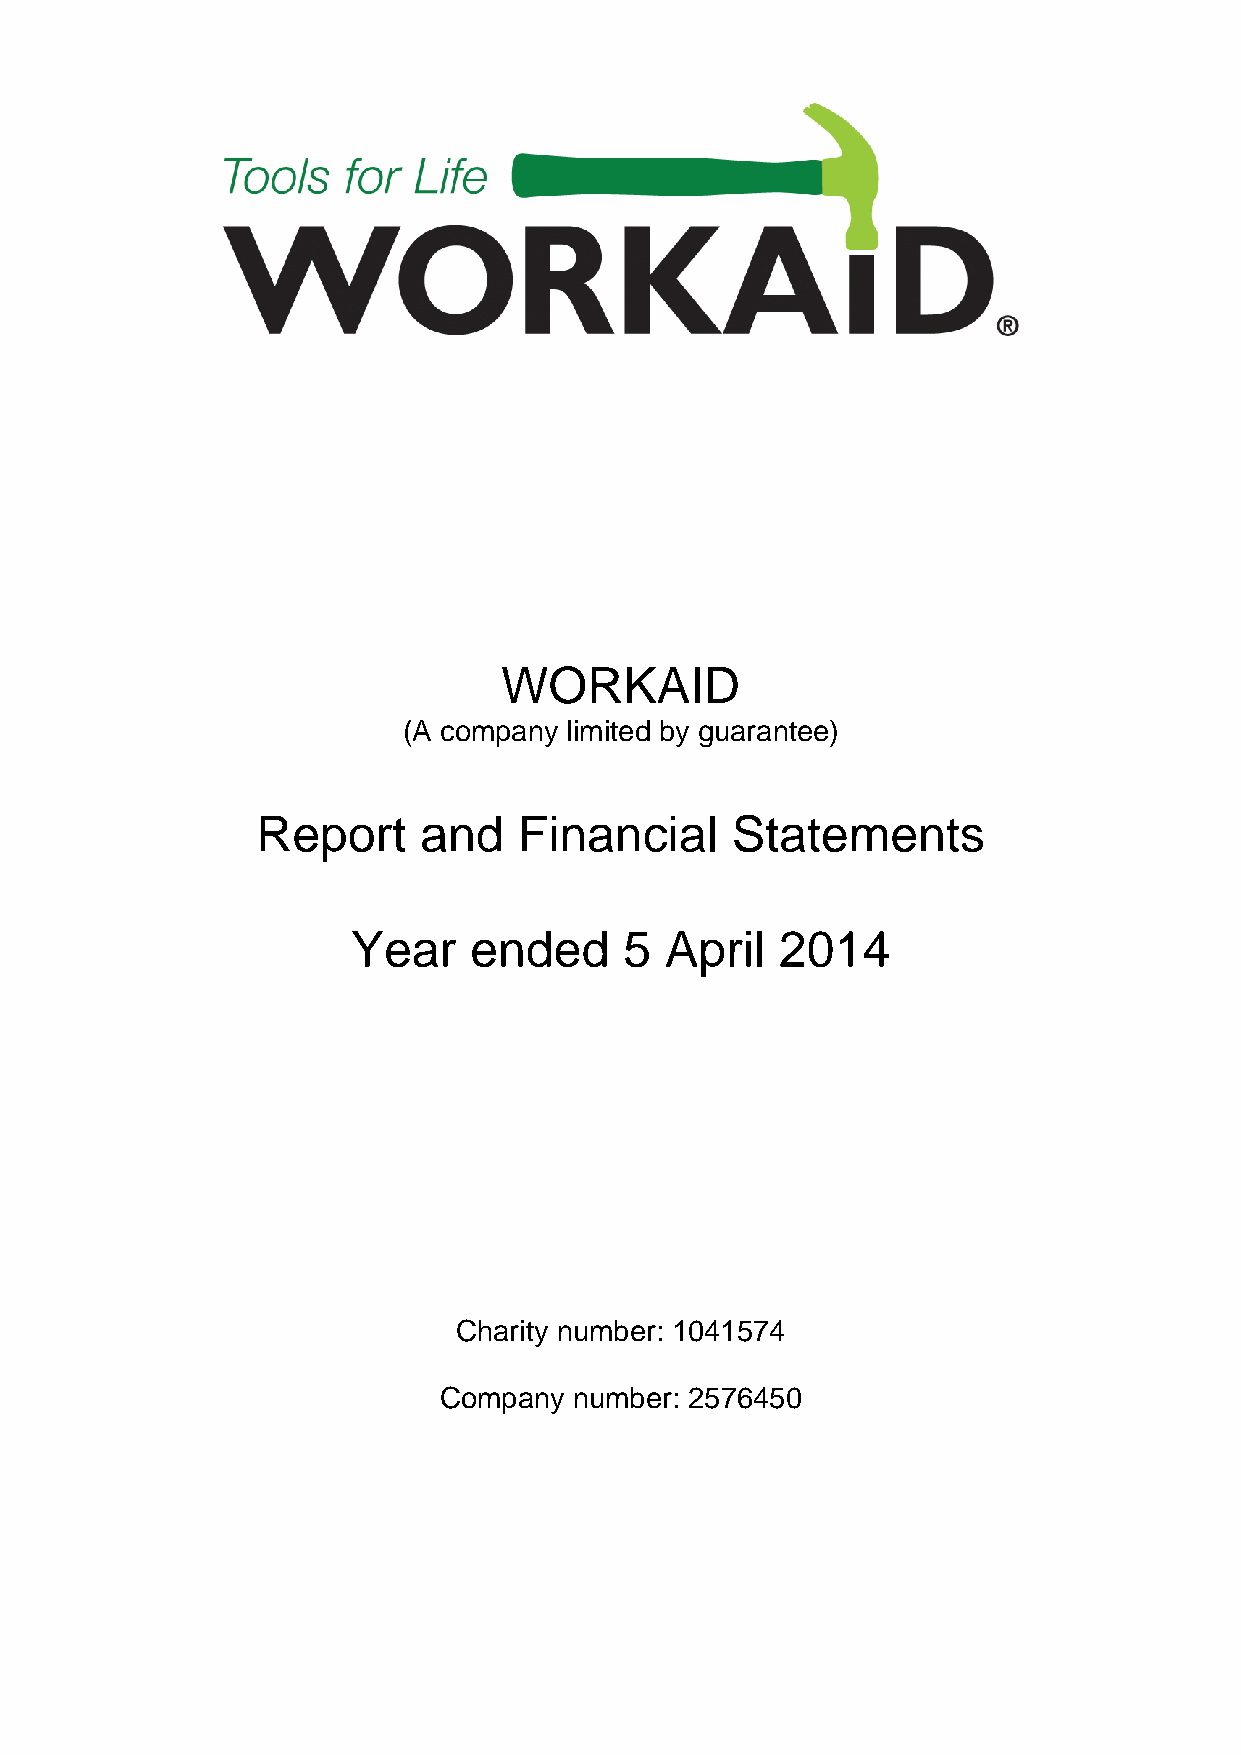
WORKAID
 (A company limited by guarantee)
 Report     and   Financial     Statements
 Year    ended     5  April   2014
 Charity number: 1041574
 Company  number: 2576450